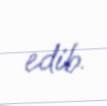
edib.